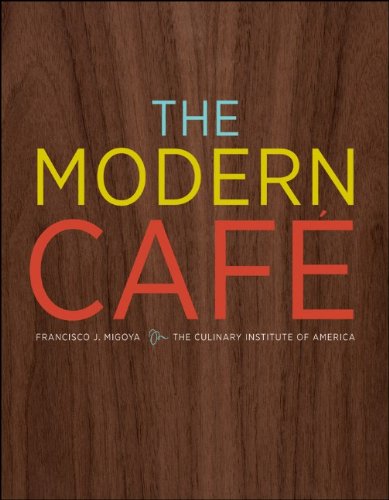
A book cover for The Modern Cafe; Francisco J. Migoya; Cookbooks, Food & Wine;